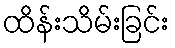
ထိန်းသိမ်းခြင်း